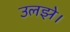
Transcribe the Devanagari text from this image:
उलझे।